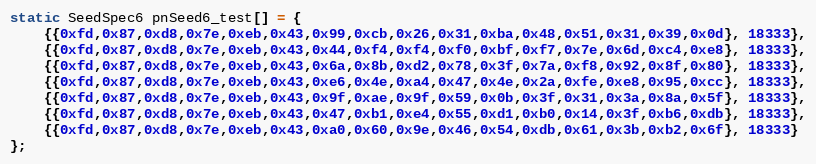
Language: C
static SeedSpec6 pnSeed6_test[] = {
    {{0xfd,0x87,0xd8,0x7e,0xeb,0x43,0x99,0xcb,0x26,0x31,0xba,0x48,0x51,0x31,0x39,0x0d}, 18333},
    {{0xfd,0x87,0xd8,0x7e,0xeb,0x43,0x44,0xf4,0xf4,0xf0,0xbf,0xf7,0x7e,0x6d,0xc4,0xe8}, 18333},
    {{0xfd,0x87,0xd8,0x7e,0xeb,0x43,0x6a,0x8b,0xd2,0x78,0x3f,0x7a,0xf8,0x92,0x8f,0x80}, 18333},
    {{0xfd,0x87,0xd8,0x7e,0xeb,0x43,0xe6,0x4e,0xa4,0x47,0x4e,0x2a,0xfe,0xe8,0x95,0xcc}, 18333},
    {{0xfd,0x87,0xd8,0x7e,0xeb,0x43,0x9f,0xae,0x9f,0x59,0x0b,0x3f,0x31,0x3a,0x8a,0x5f}, 18333},
    {{0xfd,0x87,0xd8,0x7e,0xeb,0x43,0x47,0xb1,0xe4,0x55,0xd1,0xb0,0x14,0x3f,0xb6,0xdb}, 18333},
    {{0xfd,0x87,0xd8,0x7e,0xeb,0x43,0xa0,0x60,0x9e,0x46,0x54,0xdb,0x61,0x3b,0xb2,0x6f}, 18333}
};